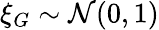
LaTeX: \xi_{G}\sim{\cal N}(0,1)